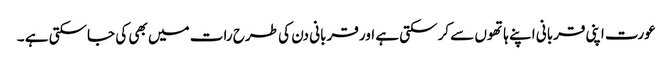
عورت اپنی قربانی اپنے ہاتھوں سے کرسکتی ہے اور قربانی دن کی طرح رات میں بھی کی جاسکتی ہے ۔